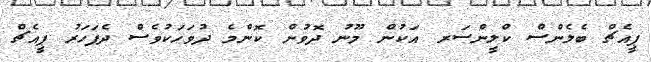
ޕީއެޗް ބެލެންސް ކްލީންސަރ އަކުން މޫނު ދޮވުން ކޮންމެ ދުވަަހަކުވެސް ދެފަހަރު ޕީއެޗް